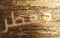
معطر